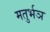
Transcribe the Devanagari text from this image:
मतुर्भञ